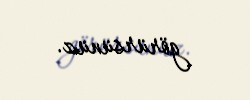
görürsünüz.